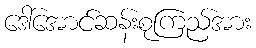
ဒေါ်အောင်ဆန်းစုကြည်အား